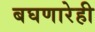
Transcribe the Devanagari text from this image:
बघणारेही